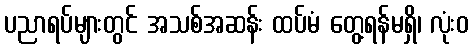
ပညာရပ်များတွင် အသစ်အဆန်း ထပ်မံ တွေ့ရန်မရှိ၊ လုံးဝ